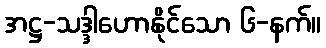
အဋ္ဌ-သဒ္ဒါဟောနိုင်သော ၆-နက်။